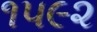
૧૫૯૨